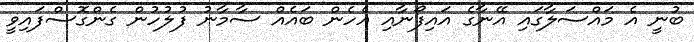
ބުނީ އެ މައްސަލާގައި އޭނާގެ އައިފޯނާއި އެހެން ބައެއް ސާމާނު ފުލުހުން ގެންގޮސްފައިވީ